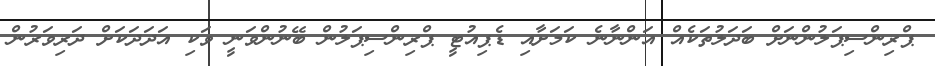
ޕްރިންސިޕަލުންނަށް ބަދަލުތަކެއް އަންނާނެ ކަމަށާއި ޑެޕިއުޓީ ޕްރިންސިޕަލުން ބޭނުންވަނީ ވަކި އަދަދަކަށް ދަރިވަރުން